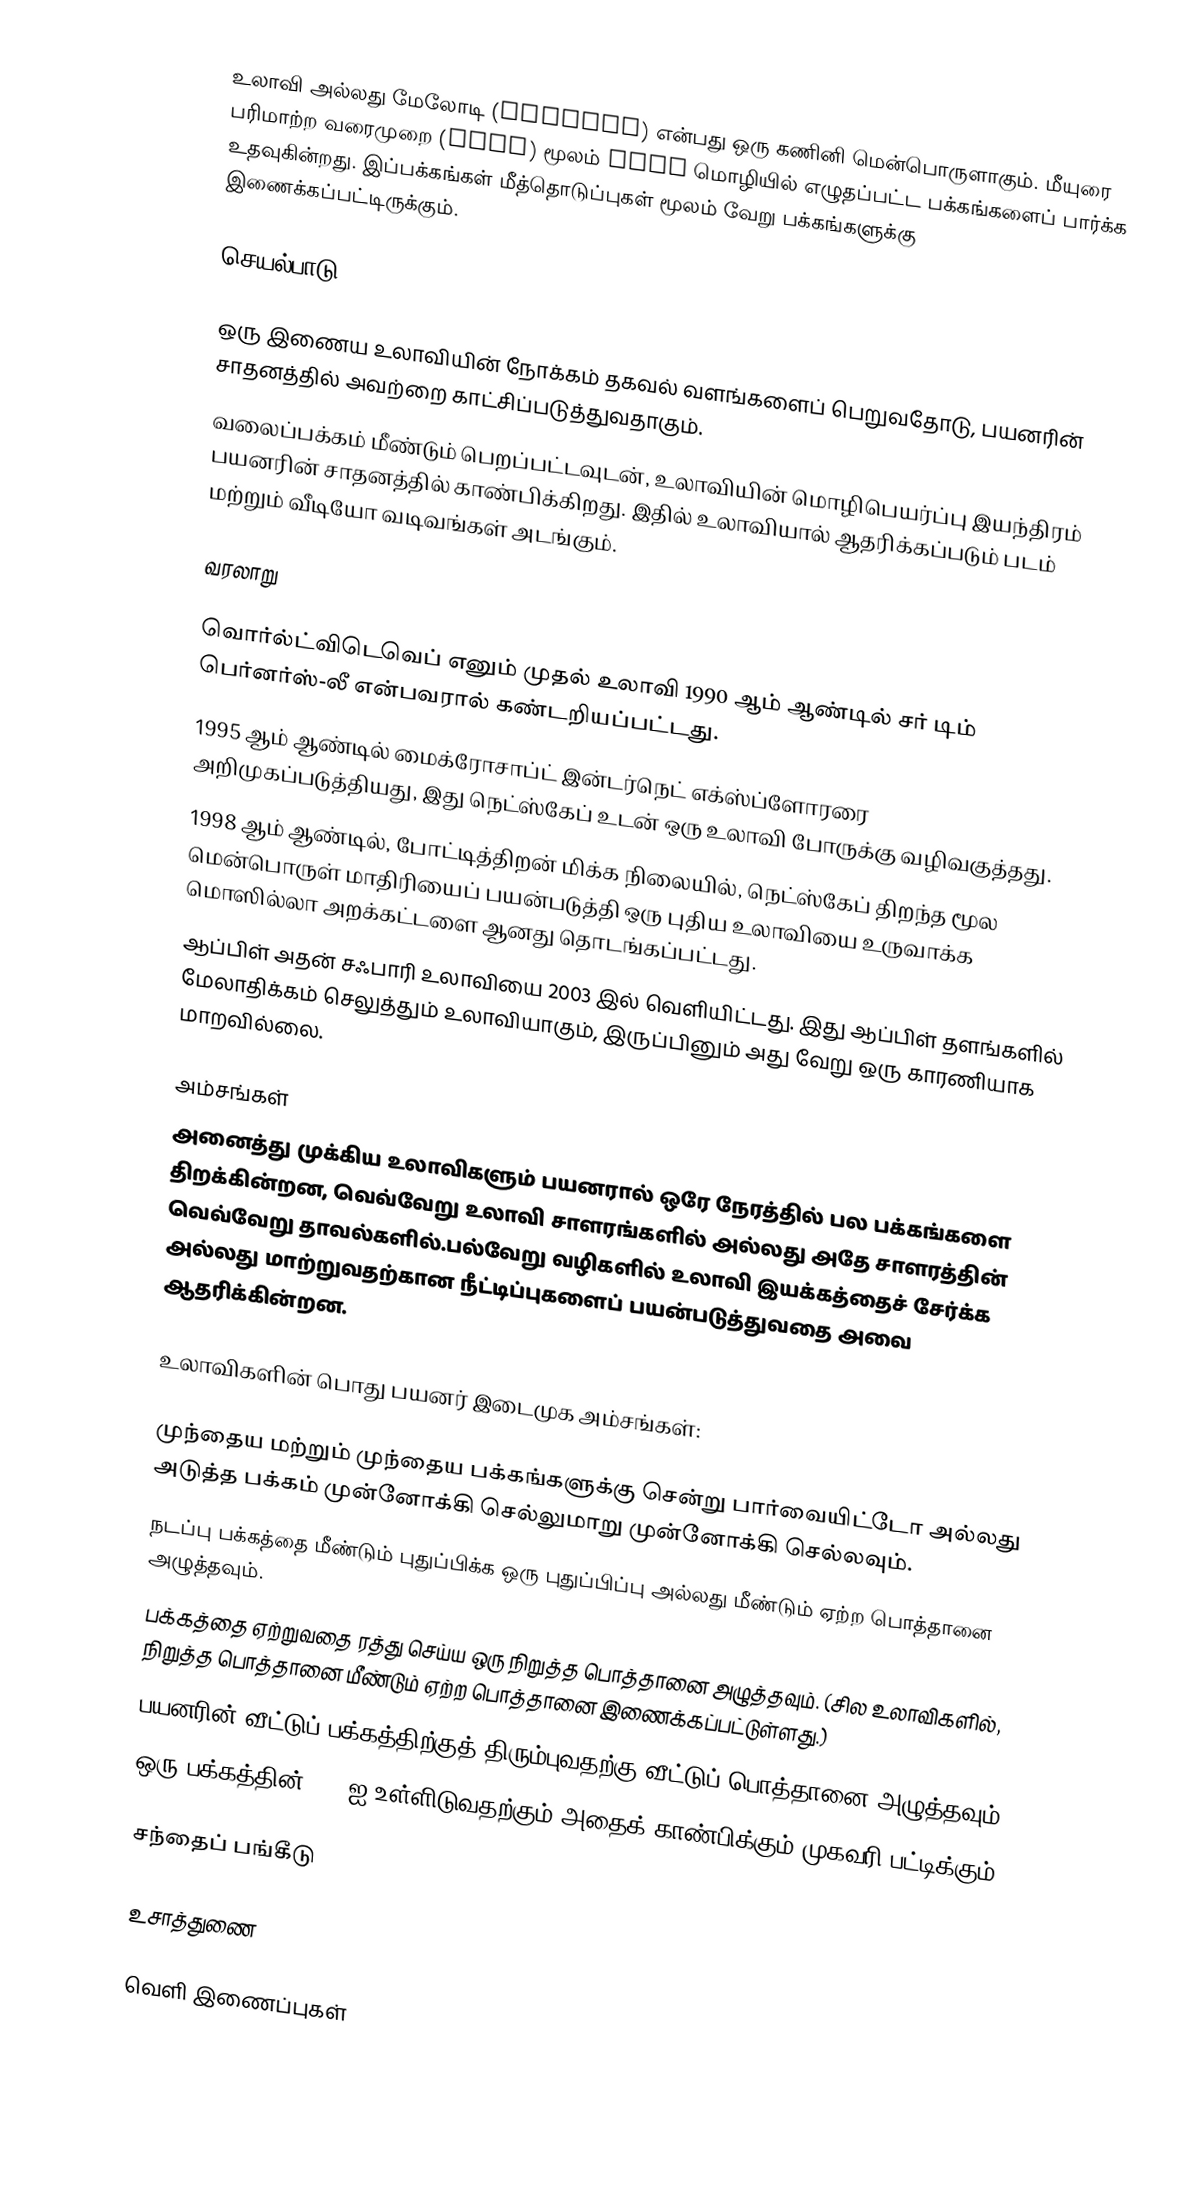
உலாவி அல்லது மேலோடி (browser) என்பது ஒரு கணினி மென்பொருளாகும். மீயுரை பரிமாற்ற வரைமுறை (HTTP) மூலம் HTML மொழியில் எழுதப்பட்ட பக்கங்களைப் பார்க்க உதவுகின்றது. இப்பக்கங்கள் மீத்தொடுப்புகள் மூலம் வேறு பக்கங்களுக்கு இணைக்கப்பட்டிருக்கும்.

செயல்பாடு

 ஒரு இணைய உலாவியின் நோக்கம் தகவல் வளங்களைப் பெறுவதோடு, பயனரின் சாதனத்தில் அவற்றை காட்சிப்படுத்துவதாகும்.
 வலைப்பக்கம் மீண்டும் பெறப்பட்டவுடன், உலாவியின் மொழிபெயர்ப்பு இயந்திரம் பயனரின் சாதனத்தில் காண்பிக்கிறது. இதில் உலாவியால் ஆதரிக்கப்படும் படம் மற்றும் வீடியோ வடிவங்கள் அடங்கும்.

வரலாறு

 வொர்ல்ட்விடெவெப் எனும் முதல் உலாவி 1990 ஆம் ஆண்டில் சர் டிம் பெர்னர்ஸ்-லீ என்பவரால் கண்டறியப்பட்டது.
 1995 ஆம் ஆண்டில் மைக்ரோசாப்ட் இன்டர்நெட் எக்ஸ்ப்ளோரரை அறிமுகப்படுத்தியது, இது நெட்ஸ்கேப் உடன் ஒரு உலாவி போருக்கு வழிவகுத்தது.
 1998 ஆம் ஆண்டில், போட்டித்திறன் மிக்க நிலையில், நெட்ஸ்கேப் திறந்த மூல மென்பொருள் மாதிரியைப் பயன்படுத்தி ஒரு புதிய உலாவியை உருவாக்க மொஸில்லா அறக்கட்டளை ஆனது தொடங்கப்பட்டது.
 ஆப்பிள் அதன் சஃபாரி உலாவியை 2003 இல் வெளியிட்டது. இது ஆப்பிள் தளங்களில் மேலாதிக்கம் செலுத்தும் உலாவியாகும், இருப்பினும் அது வேறு ஒரு காரணியாக மாறவில்லை.

அம்சங்கள்
அனைத்து முக்கிய உலாவிகளும் பயனரால் ஒரே நேரத்தில் பல பக்கங்களை திறக்கின்றன, வெவ்வேறு உலாவி சாளரங்களில் அல்லது அதே சாளரத்தின் வெவ்வேறு தாவல்களில்.பல்வேறு வழிகளில் உலாவி இயக்கத்தைச் சேர்க்க அல்லது மாற்றுவதற்கான நீட்டிப்புகளைப் பயன்படுத்துவதை அவை ஆதரிக்கின்றன.

உலாவிகளின் பொது பயனர் இடைமுக அம்சங்கள்:

 முந்தைய மற்றும் முந்தைய பக்கங்களுக்கு சென்று பார்வையிட்டோ அல்லது அடுத்த பக்கம் முன்னோக்கி செல்லுமாறு முன்னோக்கி செல்லவும்.
 நடப்பு பக்கத்தை மீண்டும் புதுப்பிக்க ஒரு புதுப்பிப்பு அல்லது மீண்டும் ஏற்ற பொத்தானை அழுத்தவும்.
 பக்கத்தை ஏற்றுவதை ரத்து செய்ய ஒரு நிறுத்த பொத்தானை அழுத்தவும். (சில உலாவிகளில், நிறுத்த பொத்தானை மீண்டும் ஏற்ற பொத்தானை இணைக்கப்பட்டுள்ளது.)
 பயனரின் வீட்டுப் பக்கத்திற்குத் திரும்புவதற்கு வீட்டுப் பொத்தானை அழுத்தவும்.
 ஒரு பக்கத்தின் URL ஐ உள்ளிடுவதற்கும் அதைக் காண்பிக்கும் முகவரி பட்டிக்கும்.

சந்தைப் பங்கீடு

உசாத்துணை

வெளி இணைப்புகள்

 Architecture of the World